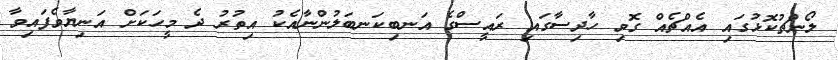
ލޯންޗުކޮޅުގައި އެއްޗެއް ގޮވި ހާދިސާގައި ރައީސްގެ އަނބިކަނބަލުންނާއެކު އިތުރު ދެ މީހަކަށް އަނިޔާވެފައިވާ